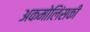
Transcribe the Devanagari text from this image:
अकमोलिंसकी